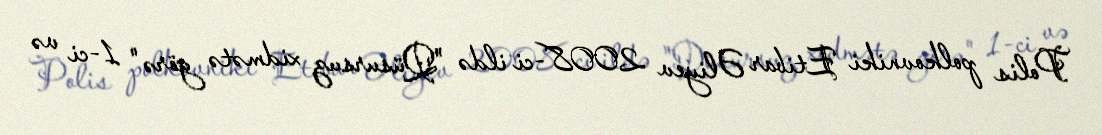
Polis polkovniki Etibar Əliyev 2008-ci ildə "Qüsursuz xidmətə görə" 1-ci və